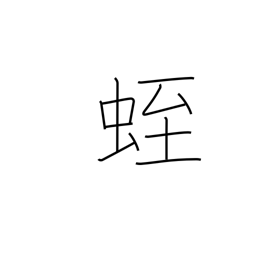
Meaning: leech